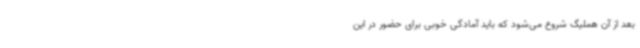
بعد از آن هملیگ شروع می‌شود که باید آمادگی خوبی برای حضور در این‌